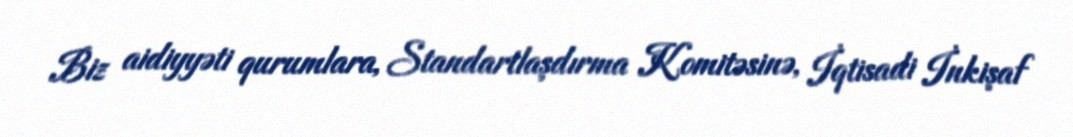
Biz aidiyyəti qurumlara, Standartlaşdırma Komitəsinə, İqtisadi İnkişaf